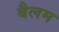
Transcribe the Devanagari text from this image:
बैलम